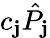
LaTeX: c_{\mathbf{j}}\hat{{P}}_{\mathbf{j}}